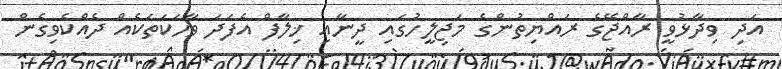
އަދި ވިދާޅުވީ ރާއްޖޭގެ ރައްޔިތުންގެ މަޖިލީހުގައި ދީނާއި ޚިލާފް އެފަދަ ވާހަކަތަކެއް ދެއްކެވިގެން